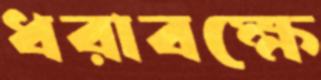
ধরাবক্ষে